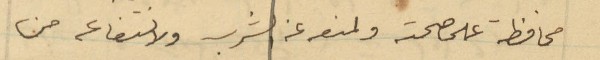
محافظة على صحته ولمنعه عن الشرب ولانتفاعه من